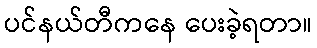
ပင်နယ်တီကနေ ပေးခဲ့ရတာ။